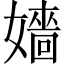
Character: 嬙